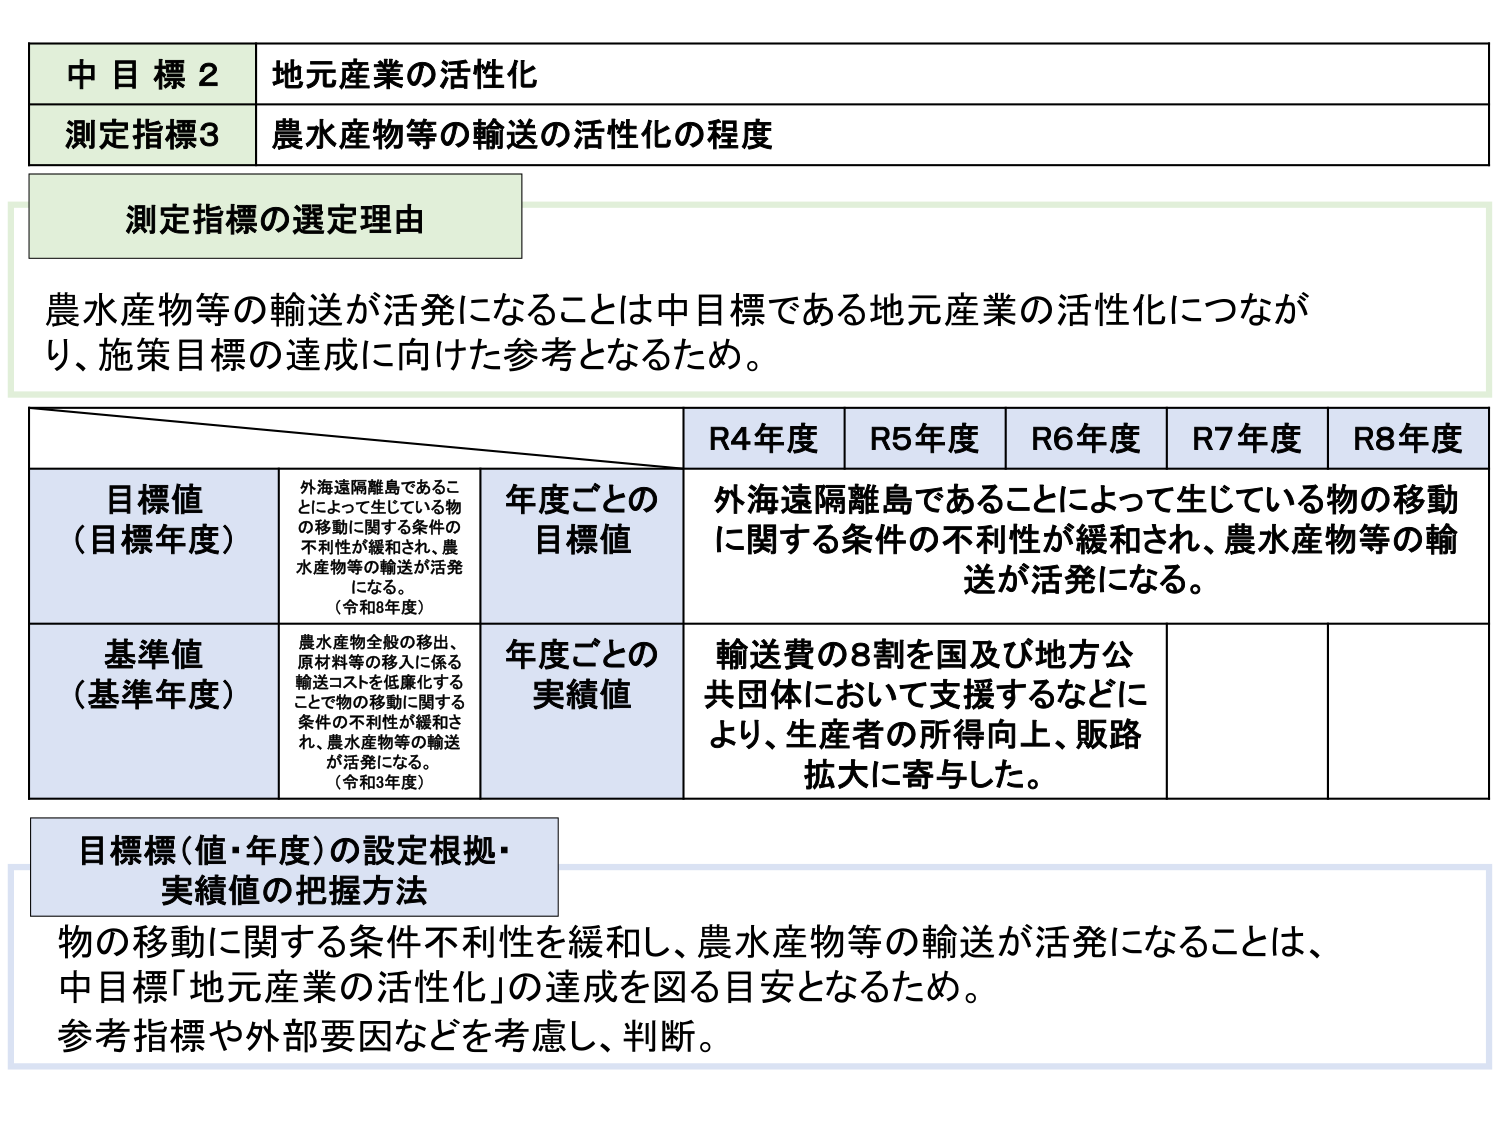
中目標2 地元産業の活性化
測定指標3 農水産物等の輸送の活性化の程度

測定指標の選定理由
農水産物等の輸送が活発になることは中目標である地元産業の活性化につながり、施策目標の達成に向けた参考となるため。

R4年度 R5年度 R6年度 R7年度 R8年度
目標値（目標年度） 外海遠隔離島であることによって生じている物の移動に関する条件の不利性が緩和され、農水産物等の輸送が活発になる。（令和8年度） 年度ごとの目標値 外海遠隔離島であることによって生じている物の移動に関する条件の不利性が緩和され、農水産物等の輸送が活発になる。
基準値（基準年度） 農水産物全般の移出、原材料等の移入に係る輸送コストを低廉化することで物の移動に関する条件の不利性が緩和され、農水産物等の輸送が活発になる。（令和3年度） 年度ごとの実績値 輸送費の8割を国及び地方公共団体において支援するなどにより、生産者の所得向上、販路拡大に寄与した。

目標値（値・年度）の設定根拠・実績値の把握方法
物の移動に関する条件不利性を緩和し、農水産物等の輸送が活発になることは、中目標「地元産業の活性化」の達成を図る目安となるため。参考指標や外部要因などを考慮し、判断。